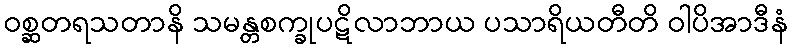
ဝစ္ဆတရသတာနိ သမန္တစက္ခုပဋိလာဘာယ ပသာရိယတီတိ ဝါပိအာဒီနံ